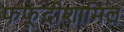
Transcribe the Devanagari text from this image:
फफूंदीशामिल